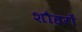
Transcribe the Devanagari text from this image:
शौहरों